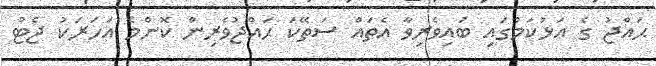
ޙައްޖު ގެ އަޅުކަމުގައި ބައިވެރިވާ އެތައް ސަތޭކަ ޙައްޖުވެރިން ކޮންމެ އަހަރަކު ޖެޓު